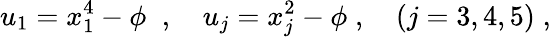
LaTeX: u_{1}=x_{1}^{4}-\phi\; \; ,\quad u_{j}=x_{j}^{2}-\phi\; ,\quad(j=3,4,5)\; ,